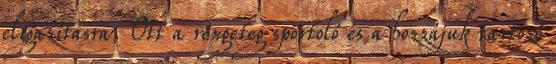
eligazításra. Ott a rengeteg sportoló és a hozzájuk tartozó